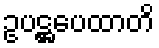
ဥပဋ္ဌပေထာတိ